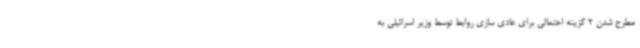
مطرح شدن 2 گزینه احتمالی برای عادی سازی روابط توسط وزیر اسرائیلی به